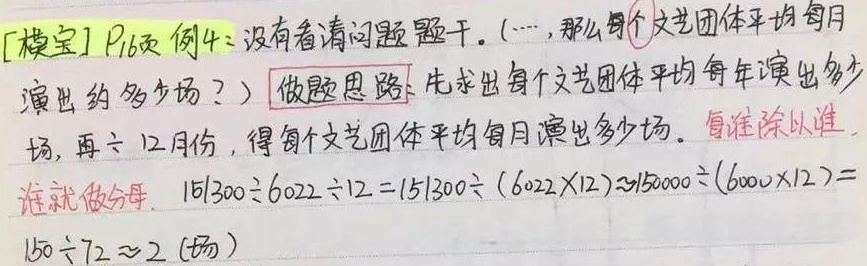
[模宝] \(P_{16}\) 页 例 4：没有看清问题题干。（…，那么每个文艺团体平均每月演出约多少场？）做题思路：先求出每个文艺团体平均每年演出多少场，再 \(\div12\) 月份，得每个文艺团体平均每月演出多少场。看谁除以谁，谁就做分母。

\(151300\div6022\div12 = 151300\div(6022\times12)\approx150000\div(6000\times12)=150\div72\approx2\) (场)